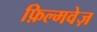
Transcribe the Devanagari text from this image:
फ़िल्मवेज़